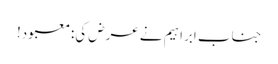
جناب ابراہیم نے عرض کی:معبود!